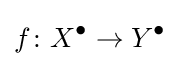
f\colon X^{\bullet }\to Y^{\bullet }